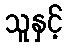
သူနှင့်